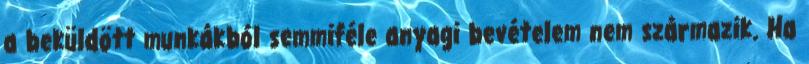
a beküldött munkákból semmiféle anyagi bevételem nem származik. Ha